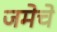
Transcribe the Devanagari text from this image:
जमेचे